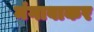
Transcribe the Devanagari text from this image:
मंगावाकर